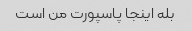
بله اینجا پاسپورت من است